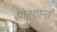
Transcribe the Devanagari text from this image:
स्रोतशान्त